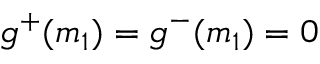
g ^ { + } ( m _ { 1 } ) = g ^ { - } ( m _ { 1 } ) = 0